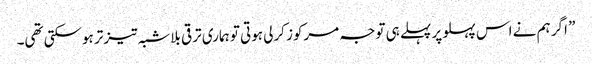
” اگر ہم نے اس پہلو پر پہلے ہی توجہ مرکوز کرلی ہوتی تو ہماری ترقی بلاشبہ تیزتر ہوسکتی تھی۔